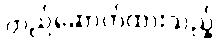
တည်ဆောက်ထားသည့်